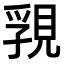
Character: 𧠾